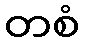
တစံ